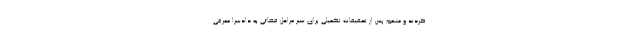
کردند و متهم پس از تحقیقات تکمیلی برای سیر مراحل قضائی به دادسرا معرفی